Trukikaitis_Postimees, lk 5
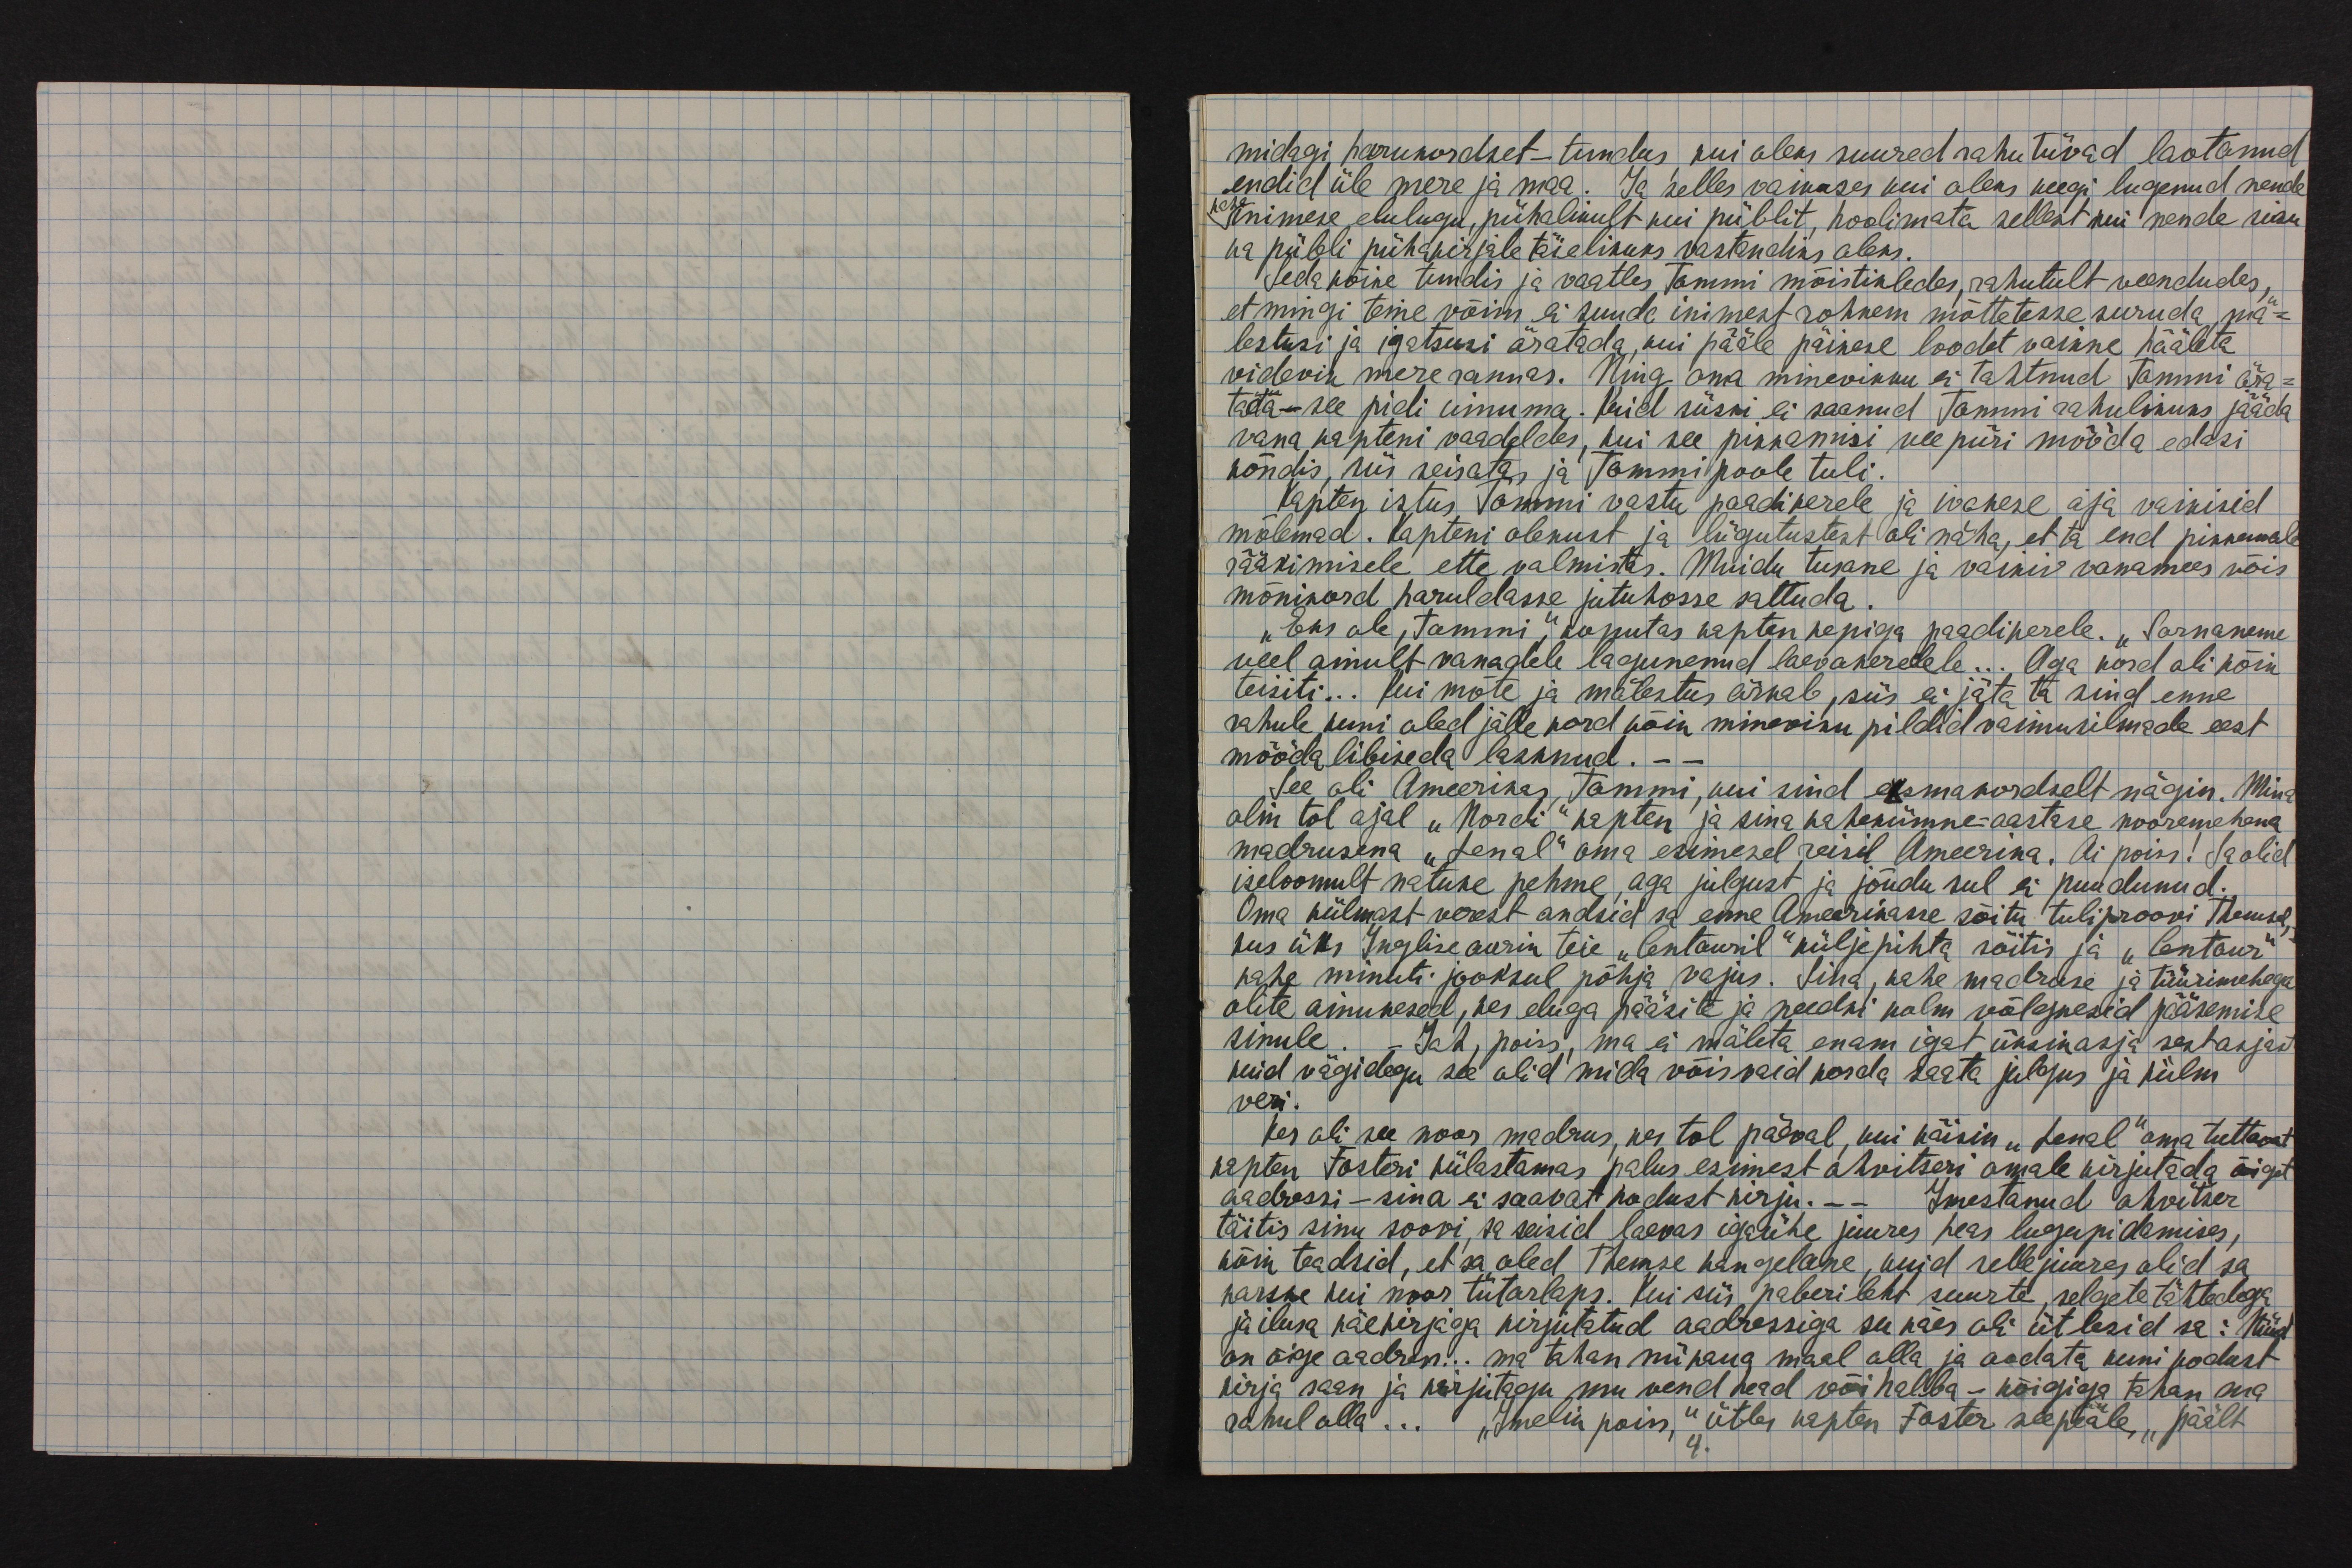
midagi harukordset - tundus, kui oleks suured rahutiivad laotanud
endid üle mere ja maa. Ja selles vaimses kui oleks keegi lugenud nende
kahe inimese elulugu, pühalikult kui piiblit, hoolimata sellest kui nende sisu
ka piibli pühakirjale täielikuks vastandiks oleks.
Seda kõike tundis ja vaatles Tommi mõistikledes, rahutult veendudes,
et mingi teine võim ei suuda inimest rohkem mõttetesse suruda mä-
lestusi ja igatsusi äratada, kui pääle päikese loodet vaikne hääleta
videvik mererannas. Ning oma minevikku ei tahtnud Tommi ära-
tada - see pidi ilmuma. Kuid siiski ei saanud Tommi rahulikuks jääda
vana kapteni vaadeldes, kui see pikkamisi vee piiri mööda edasi
kõndis, siis seisatas ja Tommi poole tuli.
Kapten istus Tommi vastu paadikerele ja ivakese aja vaikisid
mõlemad. Kapteni olemust ja liigutustest oli näha, et ta end pikkemale
rääkimisele ette valmistas. Muidu tusane ja vaikiv vanamees võis
mõnikord haruldasse jutuhosse sattuda.
"Eks ole, Tommi," koputas kapten kepiga paadikerele. "Sarnaneme
veel ainult vanadele lagunenud laevakeredele... Aga kord oli kõik
teisiti... kui mõte ja mälestus ärkab, siis ei jäta ta sind enne
rahule kuni oled jälle kord kõik mineviku pildid vaimusilmade eest
mööda libiseda lasknud. - -
See oli Ameerikas, Tommi, kui sind esmakordselt nägin. Mina
olin tol ajal "Nordi" kapten ja sina kahekümne-aastase nooremehena
madrusena "Lenal" oma esimesel reisil Ameerika. Ai poiss! Sa olid
iseloomult natuke pehme, aga julgust ja jõudu sul ei puudunud.
Oma külmast verest andsid sa enne Ameerikasse sõitu tuli proovi Themsel,
kus üks Inglise aurik teie "Centauril" külje pihta sõitis ja "Centaur"
kahe minuti jooksul põhja vajus. Sina, kahe madruse ja tüürimehega
olite ainukesed, kes eluga pääsite ja needki kolm võlgnesid pääsemise
sinule. - Jah, poiss, ma ei mäleta enam igat üksikasja sest ajast
kuid vägitegu see olid mida võis vaid korda saata julgus ja külm
veri.
kes oli see noor madrus, kes tol päeval, kui käisin "Lenal" oma tuttavat
kapten Fosteri külastamas palus esimest ohvitseri omale kirjutada õiget
aadressi - sina ei saavat kodust kirju. - - Imestanud ohvitser
täitis sinu soovi, sa seisid laevas igaühe juures hea lugupidamises,
kõik teadsid, et sa oled Themse kangelane, kuid sellejuures olid sa
karske kui noor tütarlaps. Kui siis paberileht suurte selgete tähtedega
ja ilusa käekirjaga kirjutatud aadressiga su käes oli ütlesid sa: Nüüd
on õige aadress... ma tahan niikaua maal olla ja oodata kuni kodust
kirja saan ja kirjutagu mu vend head või halba - kõigiga tahan ma
rahul olla... "Imelik poiss," ütles kapten Foster seepääle, "päält